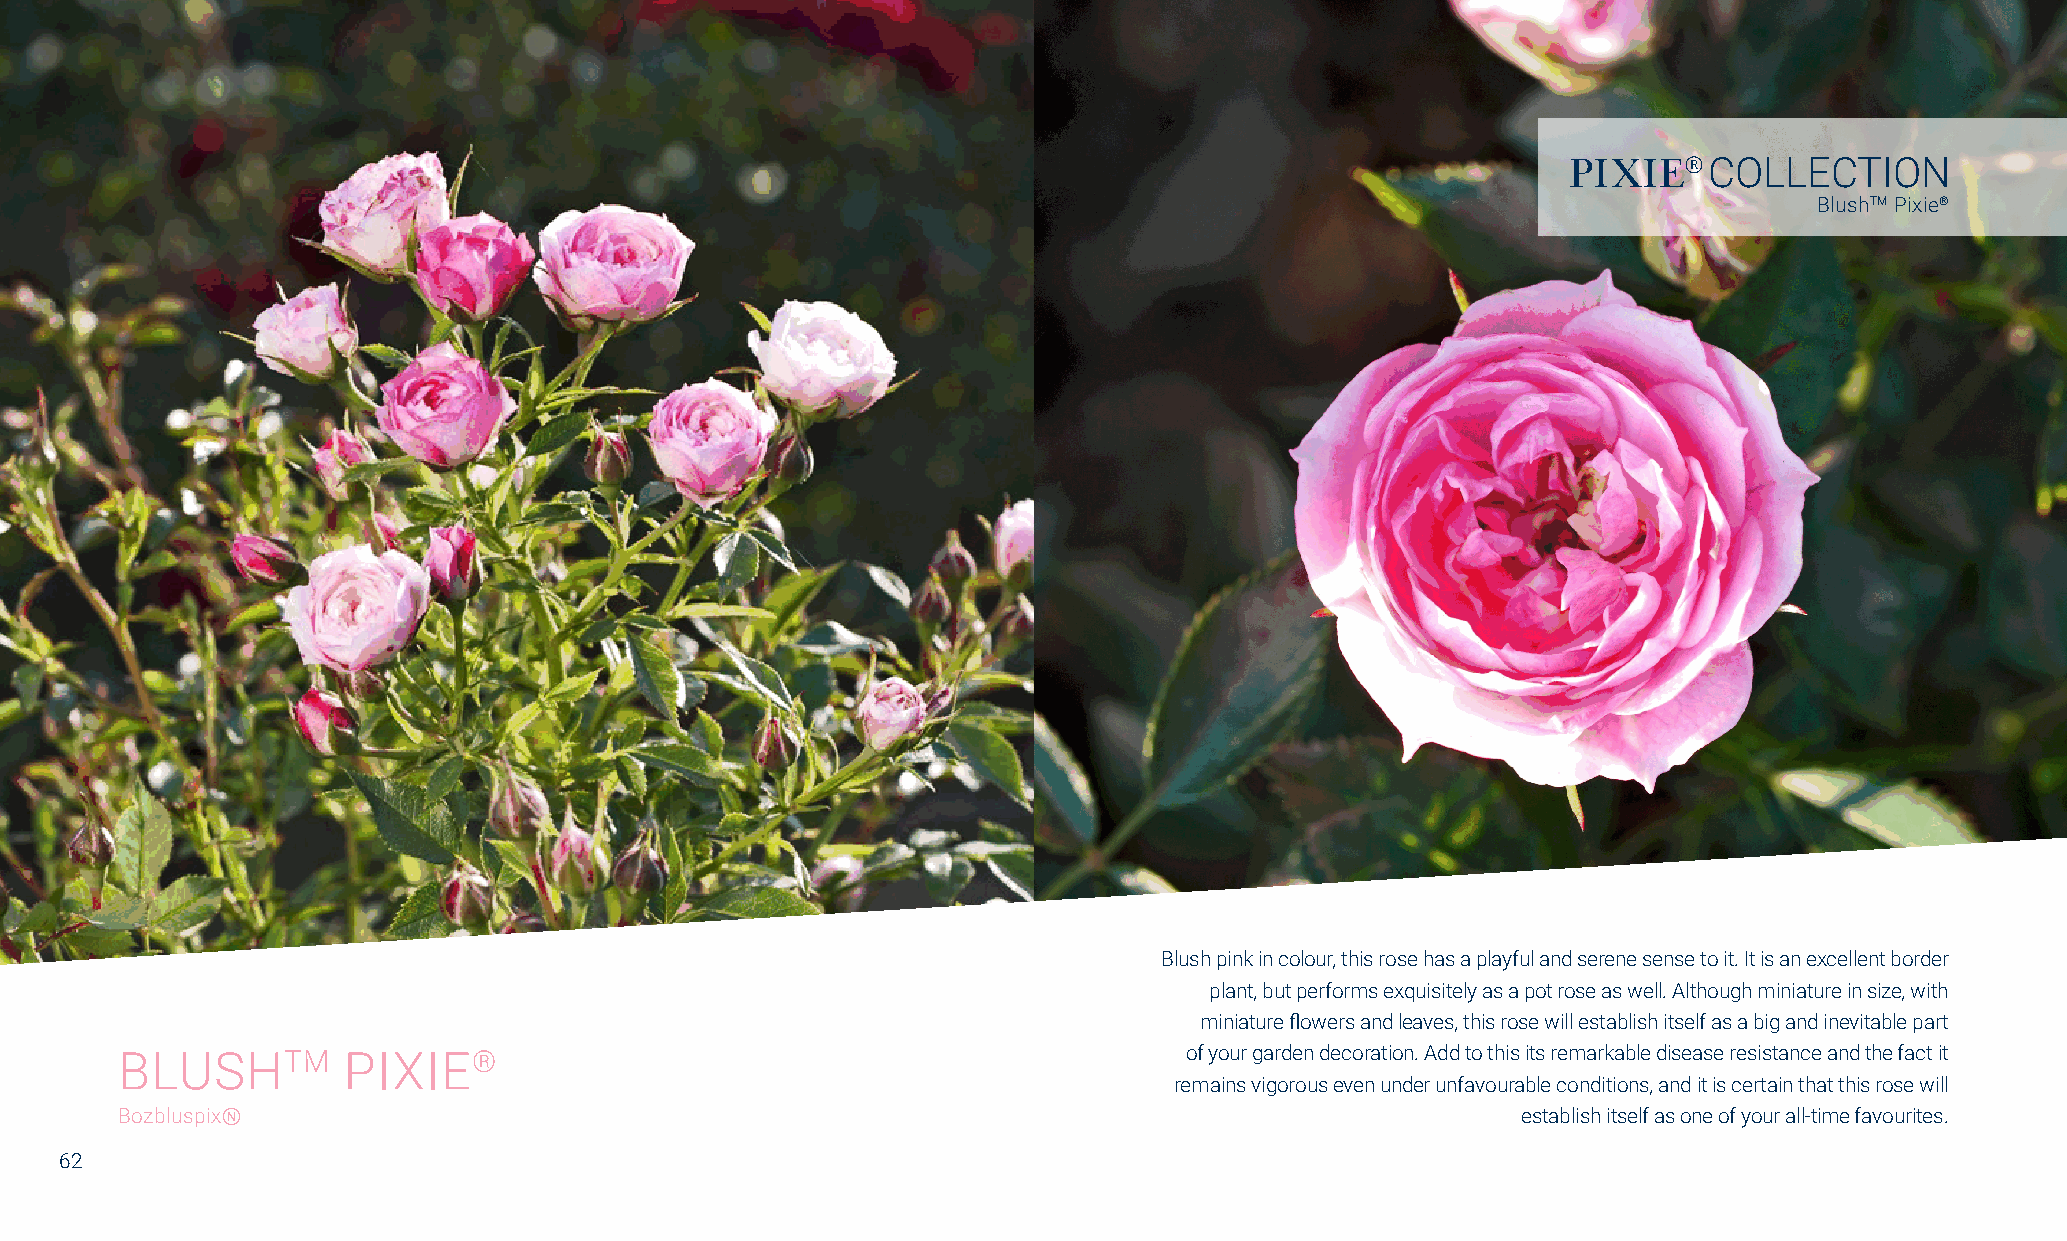
PIXIE®   COLLECTION
 BlushTM Pixie®
 Blush pink in colour, this rose has a playful and serene sense to it. It is an excellent border
 plant, but performs exquisitely as a pot rose as well. Although miniature in size, with
 miniature flowers and leaves, this rose will establish itself as a big and inevitable part
 BLUSHTM        PIXIE®                                                  of your garden decoration. Add to this its remarkable disease resistance and the fact it
 remains vigorous even under unfavourable conditions, and it is certain that this rose will
 BozbluspixⓃ                                                                                  establish itself as one of your all-time favourites.
 62